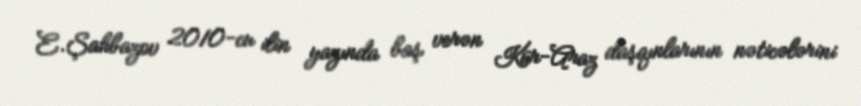
E.Şahbazov 2010-cu ilin yazında baş verən Kür-Araz daşqınlarının nəticələrini